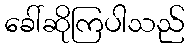
ခေါ်ဆိုကြပါသည်